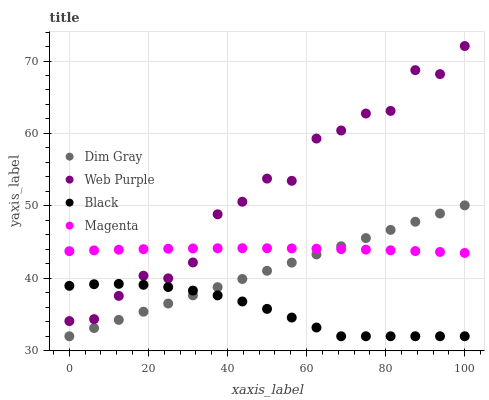
| xaxis_label | Dim Gray | Web Purple | Black | Magenta |
 | --- | --- | --- | --- | --- |
 | 0 | 32 | 34.1 | 39 | 43.8 |
 | 6.25 | 33.1 | 34.4 | 39.2 | 43.9 |
 | 12.5 | 34.3 | 37.6 | 39.2 | 43.9 |
 | 18.8 | 35.4 | 40.4 | 39.1 | 44 |
 | 25 | 36.5 | 40 | 38.8 | 44.1 |
 | 31.2 | 37.6 | 42.2 | 38.3 | 44.1 |
 | 37.5 | 38.8 | 48.8 | 37.6 | 44.2 |
 | 43.8 | 39.9 | 50.6 | 36.8 | 44.2 |
 | 50 | 41 | 53.8 | 35.8 | 44.2 |
 | 56.2 | 42.2 | 53.5 | 34.6 | 44.1 |
 | 62.5 | 43.3 | 59.3 | 33.2 | 44.1 |
 | 68.8 | 44.4 | 60.4 | 32 | 44 |
 | 75 | 45.6 | 62.7 | 32 | 44 |
 | 81.2 | 46.7 | 63.1 | 32 | 43.9 |
 | 87.5 | 47.8 | 68.7 | 32 | 43.8 |
 | 93.8 | 48.9 | 68.2 | 32 | 43.6 |
 | 100 | 50.1 | 72.1 | 32 | 43.5 |